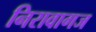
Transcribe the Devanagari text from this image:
निरावागज